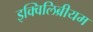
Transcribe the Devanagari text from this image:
इक्विलिब्रीयम